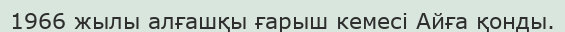
1966 жылы алғашқы ғарыш кемесі Айға қонды.